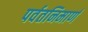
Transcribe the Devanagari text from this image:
पर्वतनिमार्ण